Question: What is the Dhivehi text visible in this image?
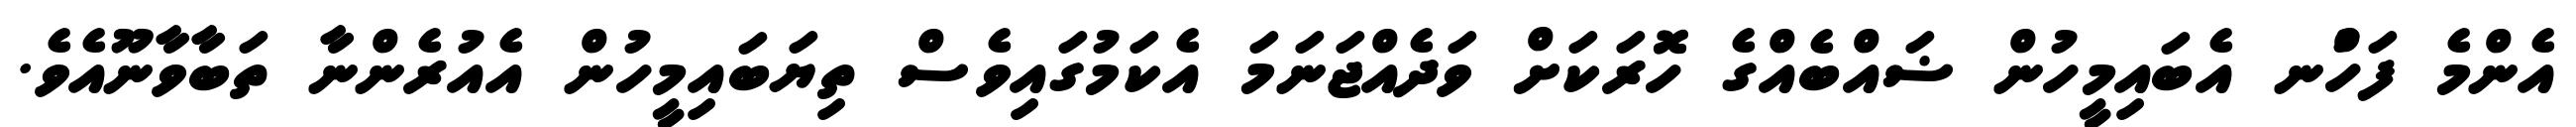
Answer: އެންމެ ފަހުްނ އެބައިމީހުން ޟައްބެއްގެ ހޮރަކަށް ވަދެއްޖަނަމަ އެކަމުގައިވެސް ތިޔަބައިމީހުން އެއުރެންނާ ތަބާވާނޫއެވެ.